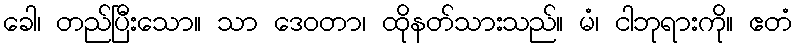
ခေါ၊ တည်ပြီးသော။ သာ ဒေဝတာ၊ ထိုနတ်သားသည်။ မံ၊ ငါဘုရားကို။ ဧတံ